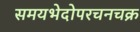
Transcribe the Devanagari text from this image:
समयभेदोपरचनचक्र